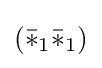
({\bar {*}}_{1}{\bar {*}}_{1})